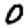
Digit: 0